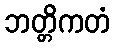
ဘတ္တိကတံ